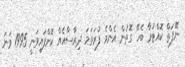
ނޭފަތް ކޮއްޓުމާ ބެހޭ ގޮތުން އެންމެ ފުރަތަމަ ދިރާސާއެއް ކޮށްފައިވަނީ 1995 ވަނަ